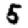
Digit: 5